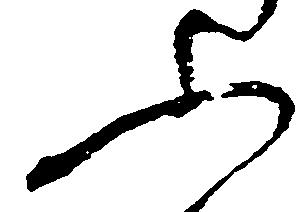
ふ